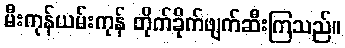
မီးကုန်ယမ်းကုန် တိုက်ခိုက်ဖျက်ဆီးကြသည်။